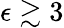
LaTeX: \epsilon\gtrsim 3